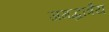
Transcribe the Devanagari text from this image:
जगद्धात्रैय